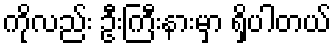
ကိုလည်း ဦးကြီးနားမှာ ရှိပါတယ်